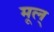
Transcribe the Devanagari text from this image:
मूल्